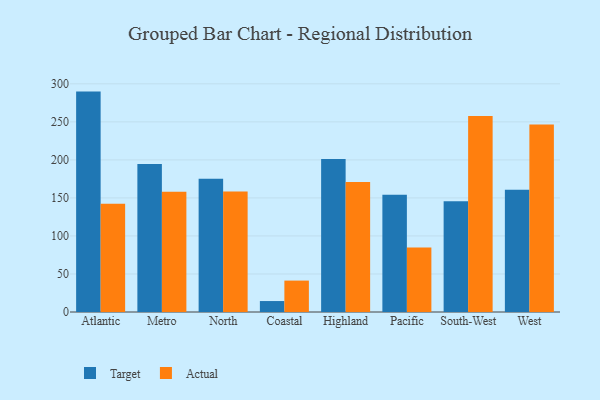
{"axis": {"x": "Region", "y": "Temperature (°C)"}, "legend": ["Actual", "Target"], "data": [{"x": "Atlantic", "y": 289.8, "type": "Target"}, {"x": "Atlantic", "y": 142.5, "type": "Actual"}, {"x": "Metro", "y": 194.7, "type": "Target"}, {"x": "Metro", "y": 158.0, "type": "Actual"}, {"x": "North", "y": 175.2, "type": "Target"}, {"x": "North", "y": 158.6, "type": "Actual"}, {"x": "Coastal", "y": 14.4, "type": "Target"}, {"x": "Coastal", "y": 41.3, "type": "Actual"}, {"x": "Highland", "y": 201.2, "type": "Target"}, {"x": "Highland", "y": 170.9, "type": "Actual"}, {"x": "Pacific", "y": 154.2, "type": "Target"}, {"x": "Pacific", "y": 84.9, "type": "Actual"}, {"x": "South-West", "y": 145.6, "type": "Target"}, {"x": "South-West", "y": 257.6, "type": "Actual"}, {"x": "West", "y": 160.8, "type": "Target"}, {"x": "West", "y": 246.5, "type": "Actual"}]}